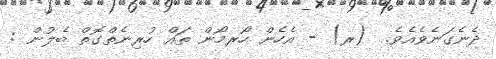
ދެނެގަނެވެއެވެ.  (ރ) - އެހެން ހޯރމޯން ތައް ހުރިނެތްގޮތް ބެލުން :